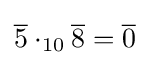
{\overline {5}}\cdot _{10}{\overline {8}}={\overline {0}}